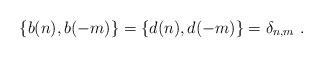
LaTeX: \begin{align*}\{ b(n), b(-m) \} = \{ d(n), d(-m) \} = \delta_{n,m} \ .\end{align*}